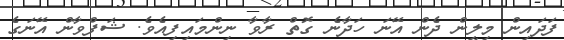
ފަދައިން މިލީން ދެން އޭނަ ހަދާނެ ގޮތް ރާވާ ނިންމައިފިއެވެ. ޝަފްވާން އޭނަގެ